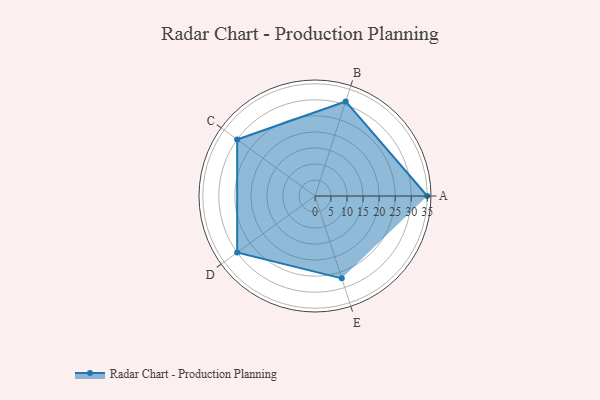
{"axis": {"x": "Skill", "y": "Score"}, "legend": ["Profile"], "data": [{"x": "A", "y": 35.0, "type": "Profile"}, {"x": "B", "y": 31.0, "type": "Profile"}, {"x": "C", "y": 30.0, "type": "Profile"}, {"x": "D", "y": 30.0, "type": "Profile"}, {"x": "E", "y": 27.0, "type": "Profile"}]}